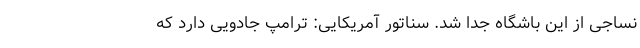
نساجی از این باشگاه جدا شد. سناتور آمریکایی: ترامپ جادویی دارد که